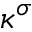
\kappa ^ { \sigma }